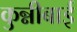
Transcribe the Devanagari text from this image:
कुन्नीबाई